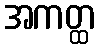
အကတ္ထ